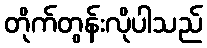
တိုက်တွန်းလိုပါသည်